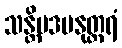
သန္တိပဒမနုတ္တရံ